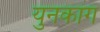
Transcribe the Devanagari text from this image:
युनकांग